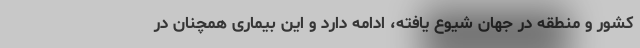
کشور و منطقه در جهان شیوع یافته، ادامه دارد و این بیماری همچنان در